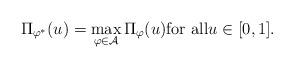
LaTeX: \begin{align*}\Pi_{\varphi^* }(u)=\max_{\varphi \in \mathcal{A} }\Pi_{\varphi }(u)\textrm{for all} u\in [0,1].\end{align*}